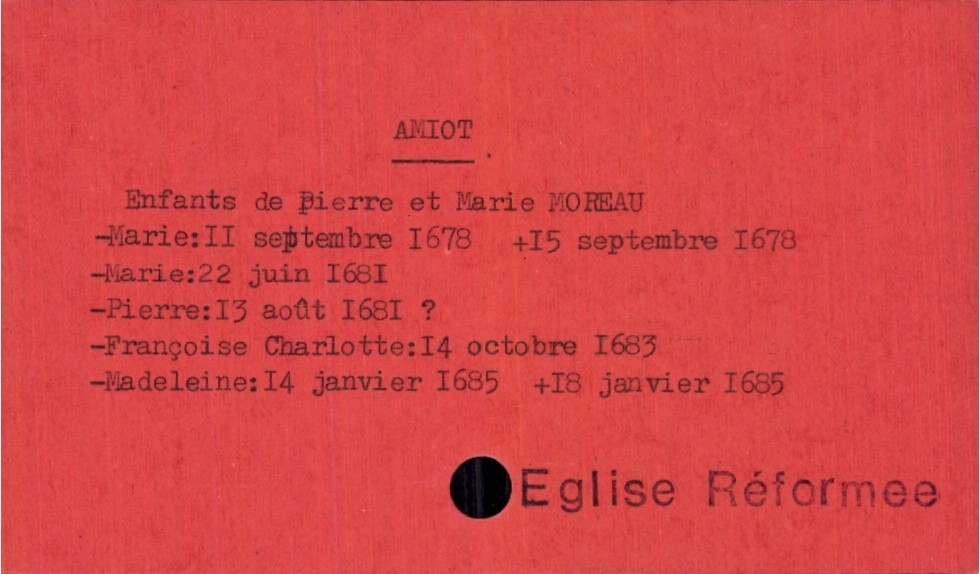
type_acte: Baptême
observations: Eglise Réformee
filiation: fille
enfant_prénom: Madeleine
enfant_date_de_naissance: 14 janvier 1685
enfant_lieu_de_naissance: 22 juin 1681
enfant_date_de_décès: 18 janvier 1685
père_enfant_nom: Amiot
père_enfant_prénom: Pierre
mère_enfant_nom: Moreau
mère_enfant_prénom: Marie